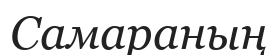
Самараның